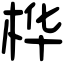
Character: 桦